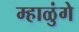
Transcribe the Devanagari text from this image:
म्हाळुंगे